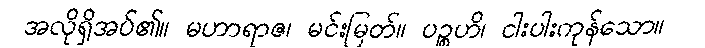
အလိုရှိအပ်၏။ မဟာရာဇ၊ မင်းမြတ်။ ပဉ္စဟိ၊ ငါးပါးကုန်သော။